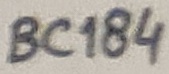
Text: BC184